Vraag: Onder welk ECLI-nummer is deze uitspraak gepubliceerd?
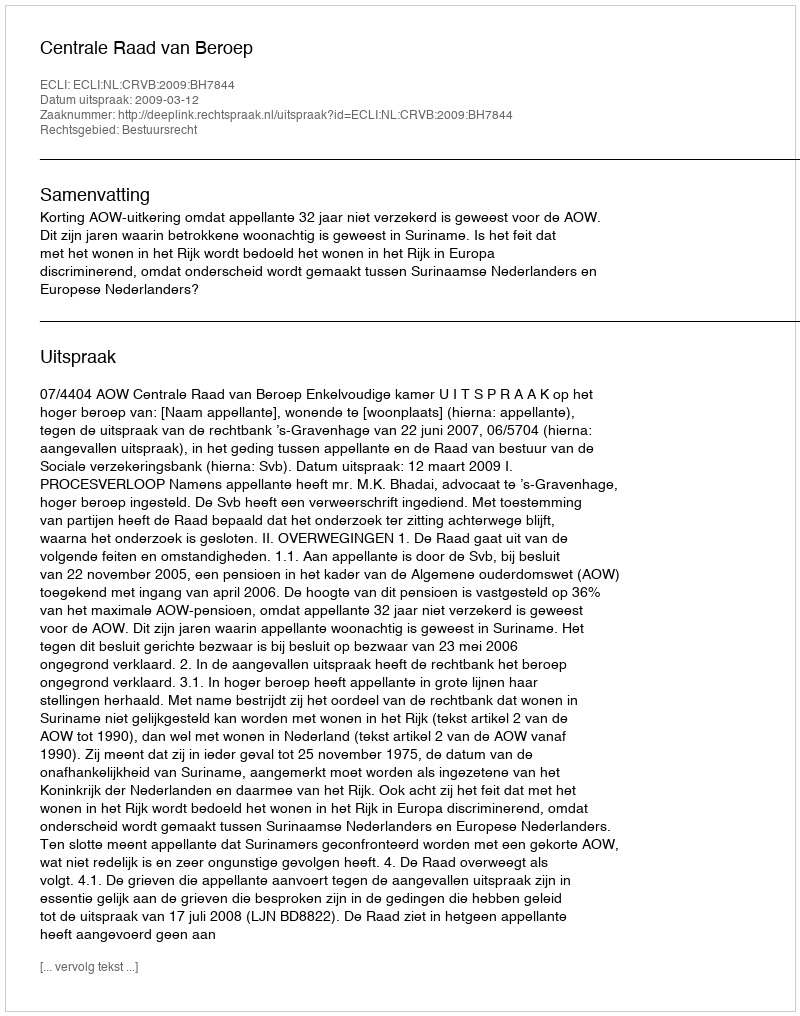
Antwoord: ECLI:NL:CRVB:2009:BH7844